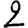
Digit: 2